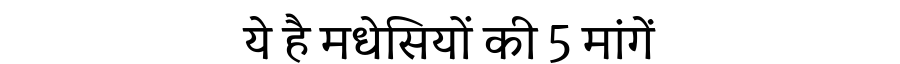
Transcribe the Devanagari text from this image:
ये है मधेसियों की 5 मांगें